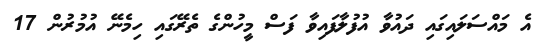
އެ މައްސަލައިގައި ދައުވާ އުފުލާފައިވާ ފަސް މީހުންގެ ތެރޭގައި ހިމެނޭ އުމުރުން 17